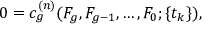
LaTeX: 0 = c _ { g } ^ { ( n ) } ( { \cal F } _ { g } , { \cal F } _ { g - 1 } , \ldots , { \cal F } _ { 0 } ; \{ t _ { k } \} ) ,